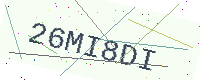
Text: 26MI8DI